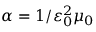
\alpha = 1 / \varepsilon _ { 0 } ^ { 2 } \mu _ { 0 }